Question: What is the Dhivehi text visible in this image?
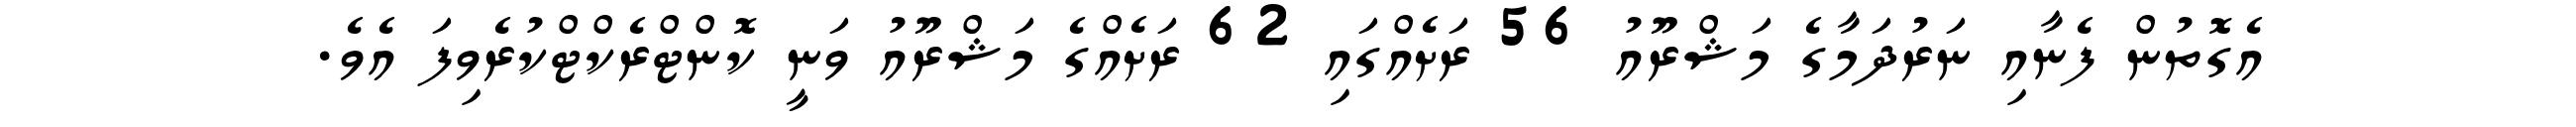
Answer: އެގޮތުން ފެނާއި ނަރުދަމާގެ މަޝްރޫއު 56 ރަށެއްގައި 62 ރަށެއްގެ މަޝްރޫއު ވަނީ ކޮންޓްރެކްޓްކުރެވިފަ އެވެ.